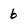
Character: 6